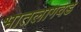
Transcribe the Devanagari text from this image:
भातलागवड